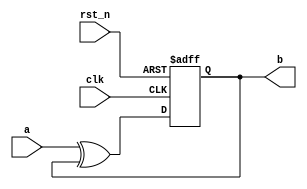
`timescale 1ns / 1ps
//////////////////////////////////////////////////////////////////////////////////
// Company: 
// Engineer: 
// 
// Design Name: 
// Module Name: flop
// Project Name: 
// Target Devices: 
// Tool Versions: 
// Description: 
// 
// Dependencies: 
// 
// Revision:
// Revision 0.01 - File Created
// Additional Comments:
// 
//////////////////////////////////////////////////////////////////////////////////


module flop(
input a,
input clk,
input rst_n,
output reg b
    );

wire c;
assign c = a^b;
always @(posedge clk or negedge rst_n ) begin
    if(!rst_n)
    b <= 0;
    else
    b <= c;
end

endmodule